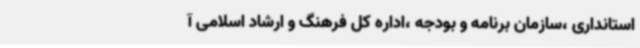
استانداری ،سازمان برنامه و بودجه ،اداره کل فرهنگ و ارشاد اسلامی آ